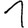
Digit: 1